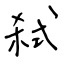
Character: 弒